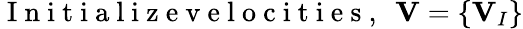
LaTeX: \mathrm{~I~n~i~t~i~a~l~i~z~e~v~e~l~o~c~i~t~i~e~s~,~}~{\mathbf V}=\{ {\mathbf V}_{I}\}